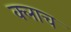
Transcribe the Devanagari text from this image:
क्लाच